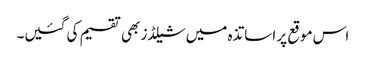
اس موقع پر اساتذہ میں شیلڈز بھی تقسیم کی گئیں۔